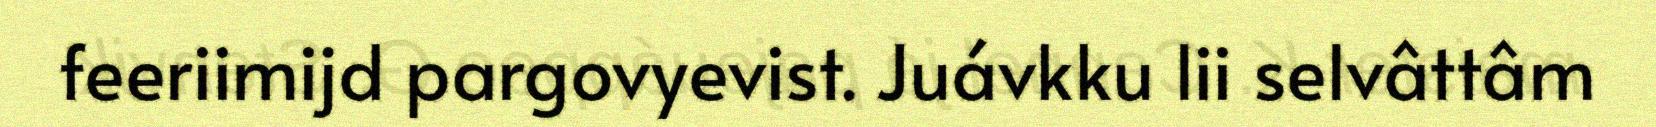
feeriimijd pargovyevist. Juávkku lii selvâttâm